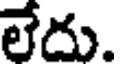
లేదు.